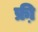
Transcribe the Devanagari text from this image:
फ्री़